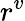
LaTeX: r^{v}